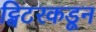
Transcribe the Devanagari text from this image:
ट्विटरकडून